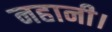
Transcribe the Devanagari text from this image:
नहानी।